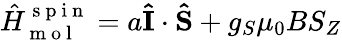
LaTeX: \hat{H}_{\mathrm{~m~o~l~}}^{\mathrm{~s~p~i~n~}}=a\mathbf{\hat{I}}\cdot\mathbf{\hat{S}}+g_{S}\mu_{0}BS_{Z}